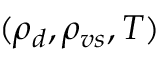
( \rho _ { d } , \rho _ { v s } , T )